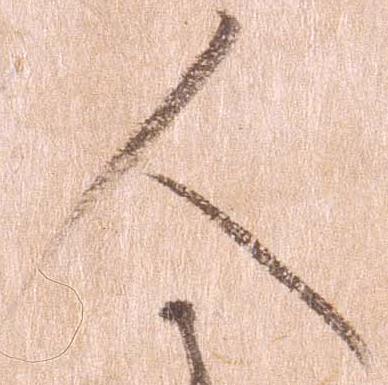
人